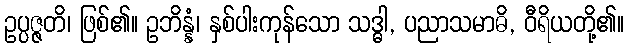
ဥပ္ပဇ္ဇတိ၊ ဖြစ်၏။ ဥဘိန္နံ၊ နှစ်ပါးကုန်သော သဒ္ဓါ, ပညာသမာဓိ, ဝီရိယတို့၏။